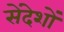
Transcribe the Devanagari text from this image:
सेंदेशों